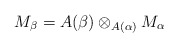
\begin{align*}M_\beta = A(\beta)\otimes_{A(\alpha)}M_\alpha\end{align*}